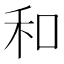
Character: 和